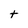
Character: t